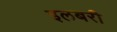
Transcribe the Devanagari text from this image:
इलबरी